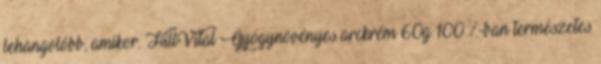
lehangolóbb, amikor. HillVital Gyógynövényes arckrém 60g 100 %-ban természetes